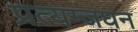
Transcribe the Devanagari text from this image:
प्रत्यग्जघन